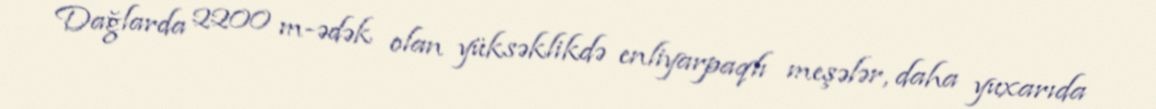
Dağlarda 2200 m-ədək olan yüksəklikdə enliyarpaqlı meşələr, daha yuxarıda